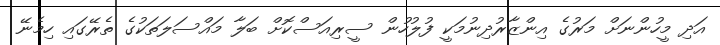
އަދި މީހުންނަށް މަރުގެ އިންޒާރުދިނުމަކީ ފުލުހުން ސީރިއަސްކޮށް ބަލާ މައްސަލަތަކުގެ ތެރޭގައި ހިމެނޭ